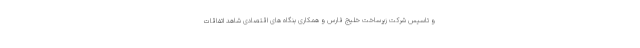
و تاسیس شرکت زیرساخت خلیج فارس و همکاری بنگاه های اقتصادی شاهد اتفاقات